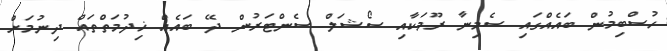
ހުސްބިމުން ބައެއްގައި ސެމިނާ ރޫމަކާއި ސޯޝަލް ސެންޓަރުން ދޭ ބައެއް ޚިދުމަތްތައް ދިނުމަށް